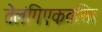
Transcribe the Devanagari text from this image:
तेलंगिएकतसिा